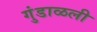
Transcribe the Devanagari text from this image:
गुंडाळली